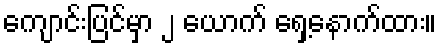
ကျောင်းပြင်မှာ ၂ ယောက် ရှေ့နောက်ထား။